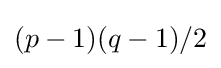
(p-1)(q-1)/2